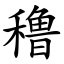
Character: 穞